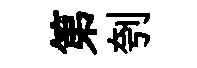
第刳